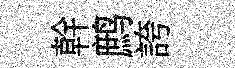
幹鹧誇